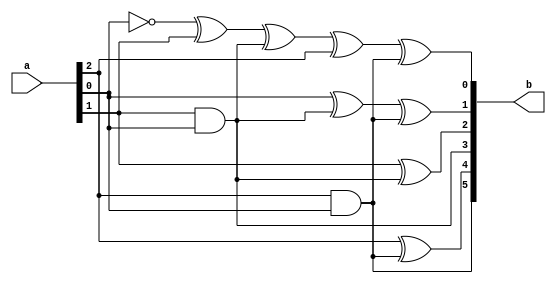
module Zhegalkn_decoder_3_6 (input [2:0] a, output reg [5:0] b);
supply1 vcc;
always @(a)
 begin
  b[0]=1^a[0]^a[1]^(a[1]&a[0])^a[2]^(a[2]&a[0]);
  b[1]=a[0]^(a[1]&a[0])^(a[2]&a[0]);
  b[2]=a[1]^(a[1]&a[0]);
  b[3]=a[1]&a[0];
  b[4]=a[2]^(a[2]&a[0]);
  b[5]=a[2]&a[0];
 end
endmodule